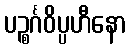
ပဉ္စင်္ဂဝိပ္ပဟီနော